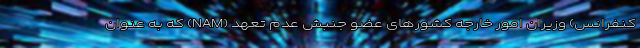
کنفرانس) وزیران امور خارجه کشورهای عضو جنبش عدم تعهد (NAM) که به عنوان